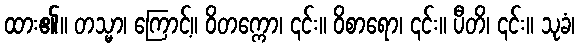
ထား၏။ တသ္မာ၊ ကြောင့်။ ဝိတက္ကော၊ ၎င်း။ ဝိစာရော၊ ၎င်း။ ပီတိ၊ ၎င်း။ သုခံ၊